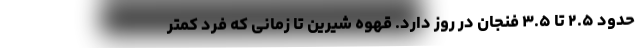
حدود ۲.۵ تا ۳.۵ فنجان در روز دارد. قهوه شیرین تا زمانی که فرد کمتر